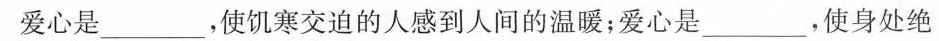
爱心是___，使饥寒交迫的人感到人间的温暖；爱心是___，使身处绝